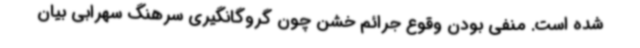
شده است. منفی بودن وقوع جرائم خشن چون گروگانگیری سرهنگ سهرابی بیان